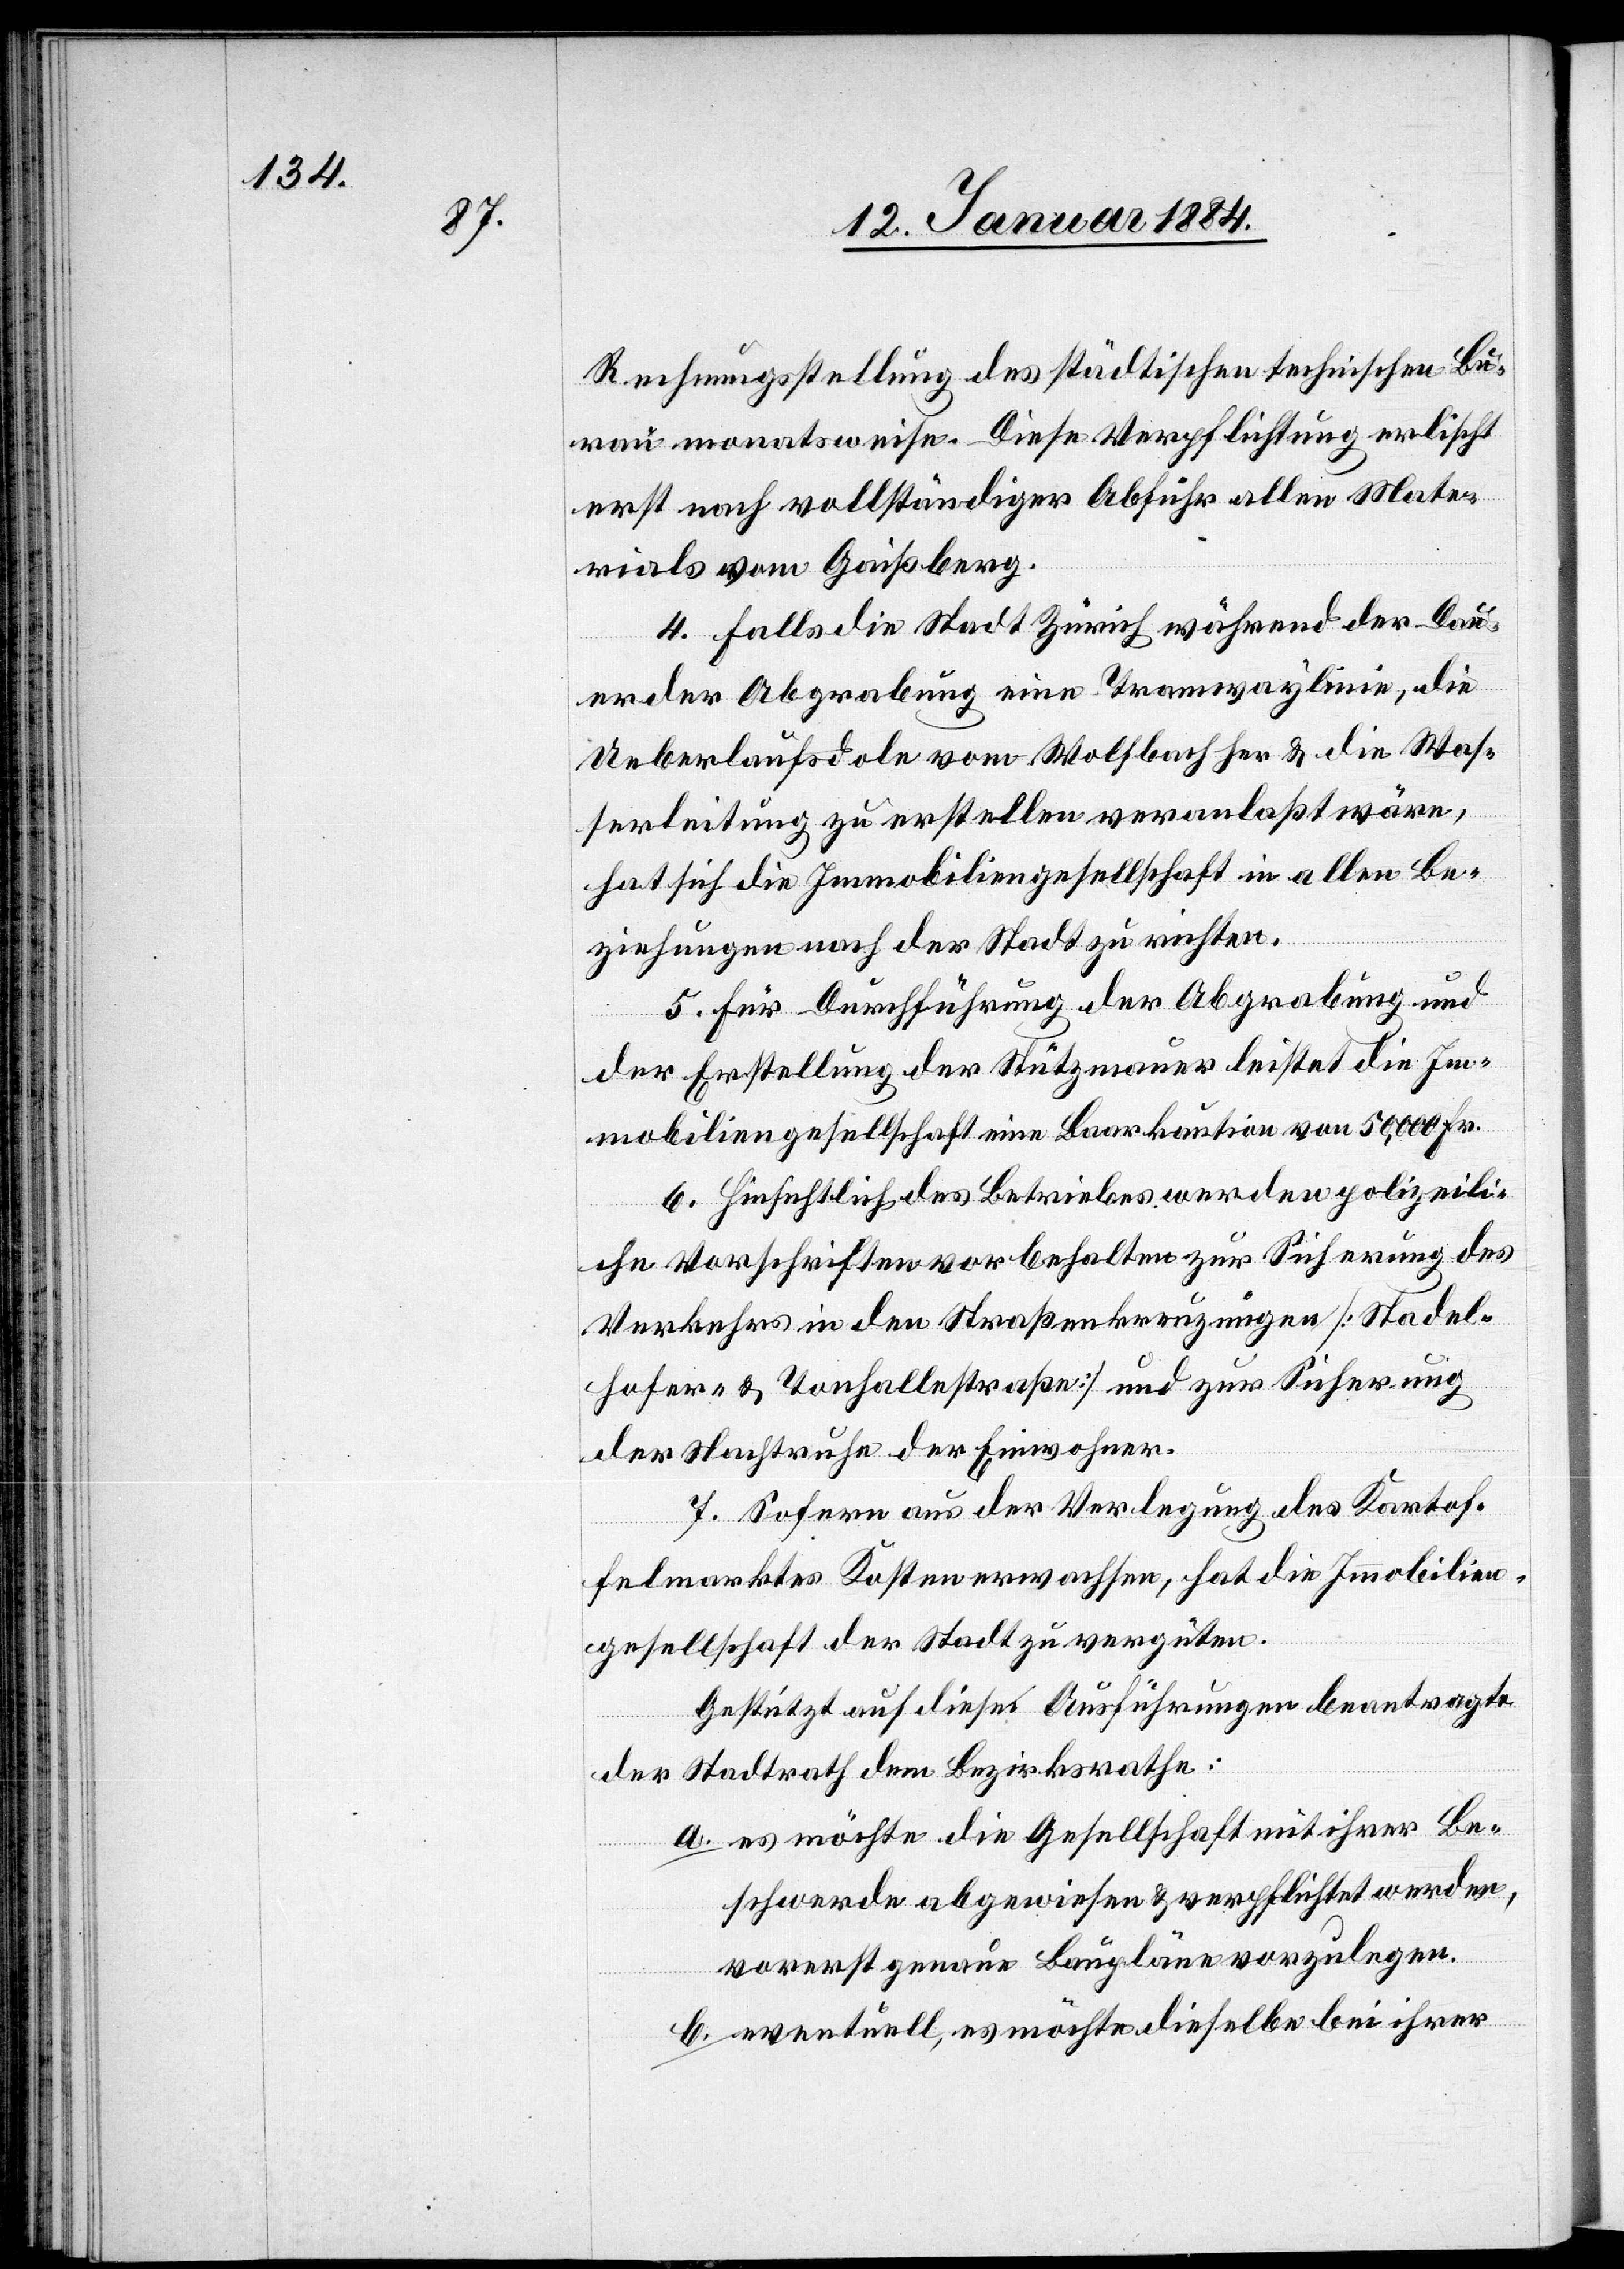
Rechnungsstellung des städtischen technischen Bu¬
reau monatsweise. Diese Verpflichtung erlischt
erst nach vollständiger Abfuhr allen Mate¬
rials vom Gaißberg.
4. Falls die Stadt Zürich während der Dau¬
er der Abgrabung eine Tramwaylinie, die
Ueberlaufsdole vom Wolfbach her & die Was¬
serleitung zu erstellen veranlaßt wäre,
hat sich die Immobiliengesellschaft in allen Be¬
ziehungen nach der Stadt zu richten.
5. Für Durchführung der Abgrabung und
der Erstellung der Stützmauer leistet die Im¬
mobiliengesellschaft eine Baarkaution von 50,000 Fr.
6. Hinsichtlich des Betriebes werden polizeili¬
che Vorschriften vorbehalten zur Sicherung des
Verkehrs in den Straßenkreuzungen [Stadel¬
hofer- & Tonhallestraße] und zur Sicherung
der Nachtruhe der Einwohner.
7. Sofern aus der Verlegung des Kartof¬
felmarkes Kosten erwachsen, hat die Immobilien¬
gesellschaft diese der Stadt zu vergüten.
Gestützt auf diese Ausführungen beantragt
der Stadtrath dem Bezirksrathe:
a. es möchte die Gesellschaft mit ihrer Be¬
schwerde abgewiesen & verpflichtet werden,
vorerst genaue Baupläne vorzulegen.
b. eventuell, es möchte dieselbe bei ihrer